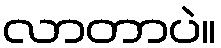
လာတာပဲ။